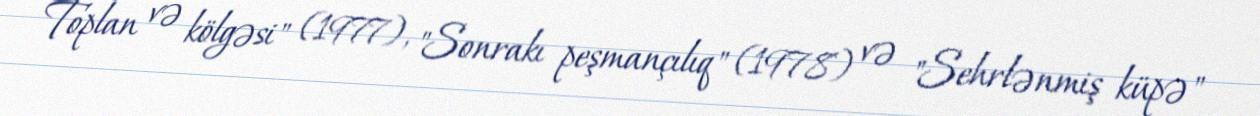
Toplan və kölgəsi" (1977), "Sonrakı peşmançılıq" (1978) və "Sehrlənmiş küpə"